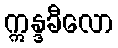
ဣန္ဒခီလော